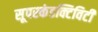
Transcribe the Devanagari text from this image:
सूपरकंडक्टिविटी